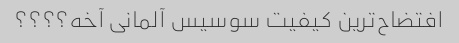
افتضاح‌ترین کیفیت سوسیس آلمانی آخه؟؟؟؟